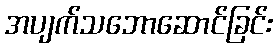
အပျက်သဘောဆောင်ခြင်း